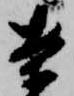
案